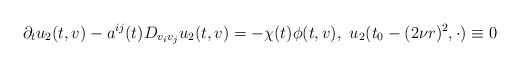
\begin{align*} \partial_t u_2 (t, v) - a^{i j} (t) D_{v_i v_j} u_2 (t, v) = - \chi (t) \phi (t, v), \, \, u_2 (t_0 - (2\nu r)^2, \cdot) \equiv 0\end{align*}